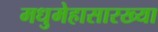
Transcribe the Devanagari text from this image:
मधुमेहासारख्या